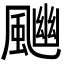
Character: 𩘈